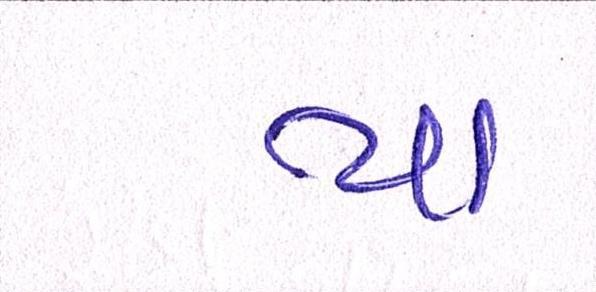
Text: યા